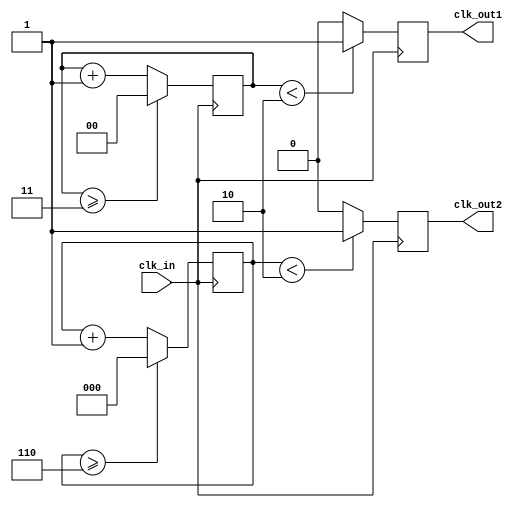
module clk_divider
(    input wire clk_in,
     output reg clk_out1,
	  output reg clk_out2
);
reg[1:0] counter1=2'd0;
reg[2:0] counter2=3'd0;

always @(posedge clk_in)
begin
    counter1 <= counter1 + 2'd1;
	 counter2 <= counter2 + 3'd1;
    if(counter1 >= 3)
        counter1 <= 2'd0;
	 if(counter2 >= 6)
        counter2 <= 3'd0;
    clk_out1 <= ( counter1 < 2 )? 1'b1:1'b0;
	 clk_out2 <= ( counter2 < 2 )? 1'b1:1'b0;
end
endmodule